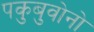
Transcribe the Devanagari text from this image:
पकुबुवोनो